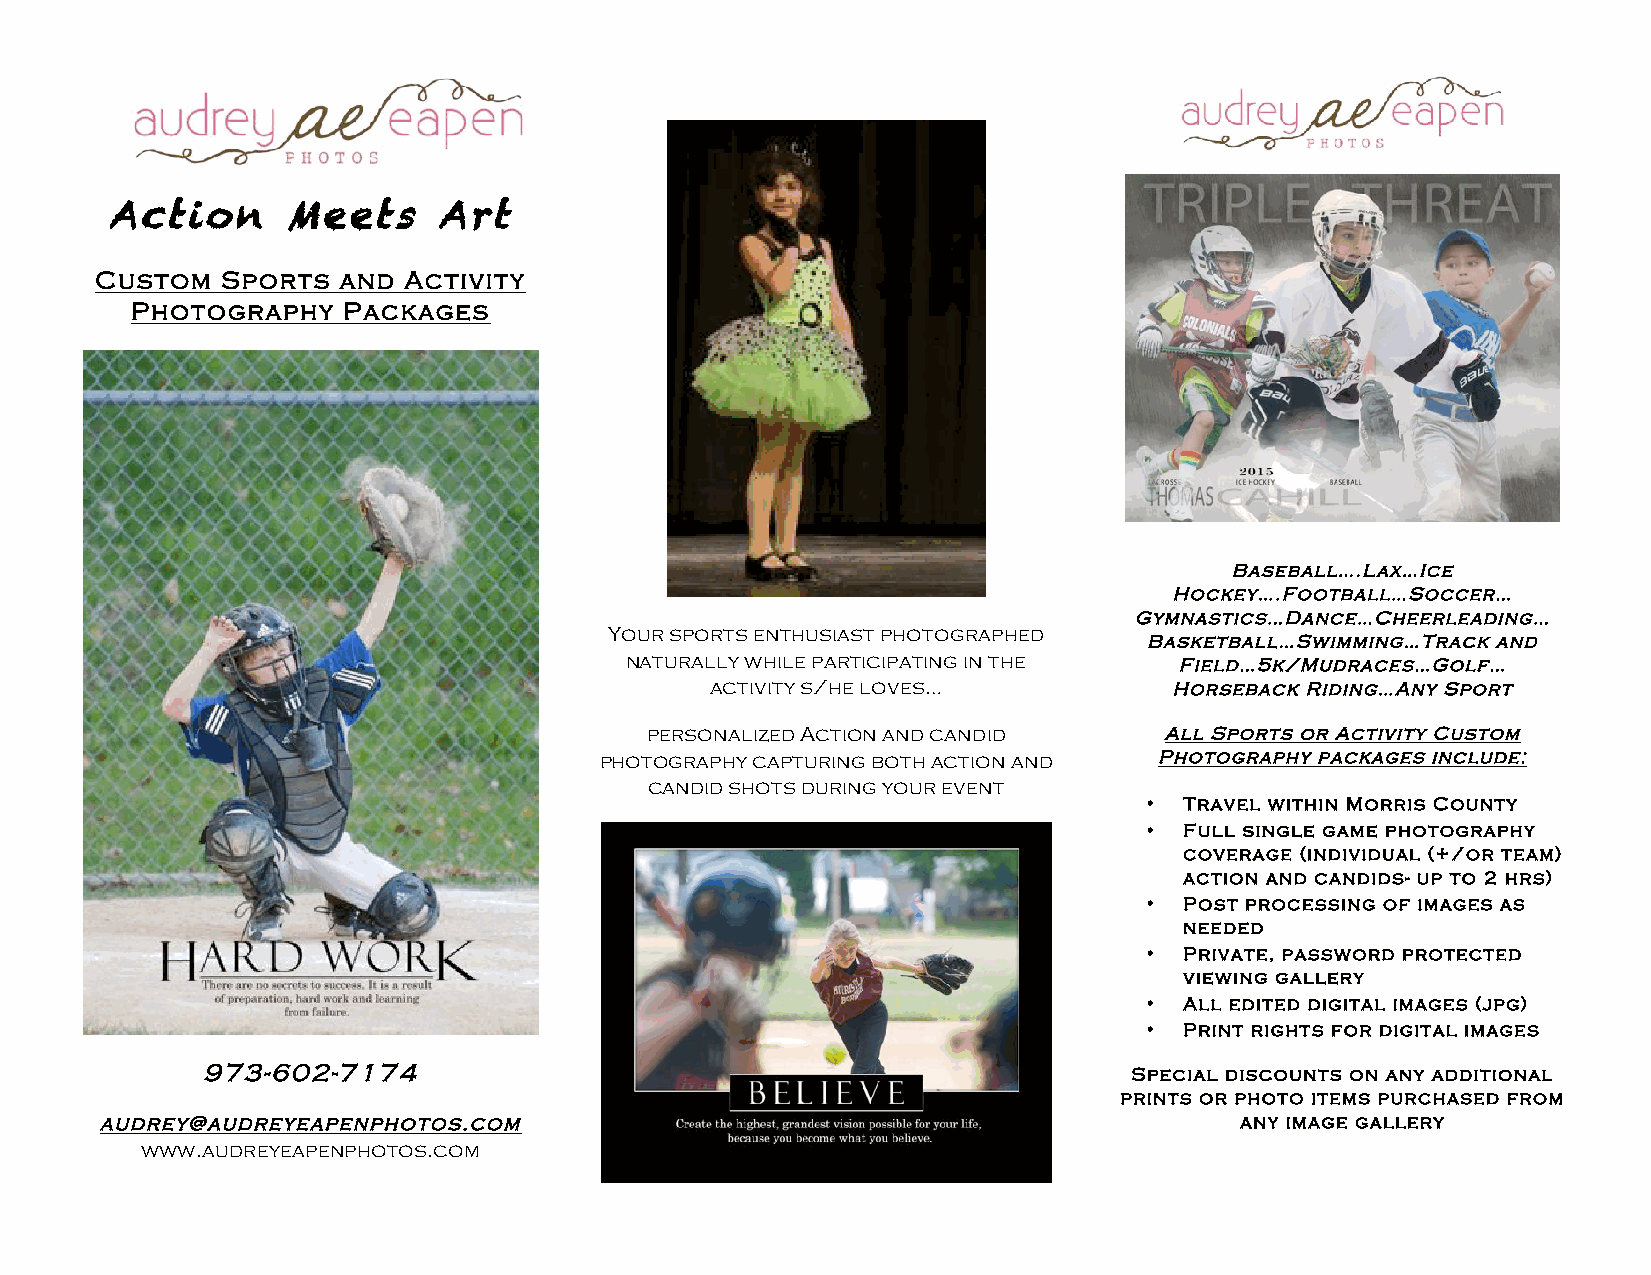
Action      Meets     Art
 Custom   Sports and  Activity
 Photography   Packages
 Baseball….Lax…Ice
 Hockey….Football…Soccer…
 Gymnastics…Dance…Cheerleading…
 Your sports enthusiast photographed
 Basketball…Swimming…Track and
 naturally while participating in the Field…5k/Mudraces…Golf…
 activity s/he loves…           Horseback Riding…Any Sport
 personalized Action and candid    All Sports or Activity Custom
 photography capturing both action and Photography packages include:
 candid shots during your event
 • Travel within Morris County
 • Full single game photography
 coverage (individual (+/or team)
 action and candids- up to 2 hrs)
 • Post processing of images as
 needed
 • Private, password protected
 viewing gallery
 • All edited digital images (jpg)
 !                                       • Print rights for digital images
 973-602-7174                                                  Special discounts on any additional
 prints or photo items purchased from
 audrey@audreyeapenphotos.com                                               any image gallery
 www.audreyeapenphotos.com